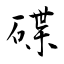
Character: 碟